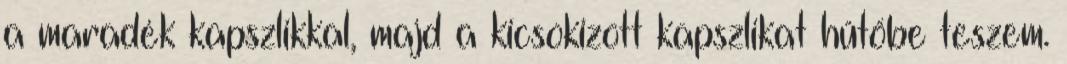
a maradék kapszlikkal, majd a kicsokizott kapszlikat hűtőbe teszem.